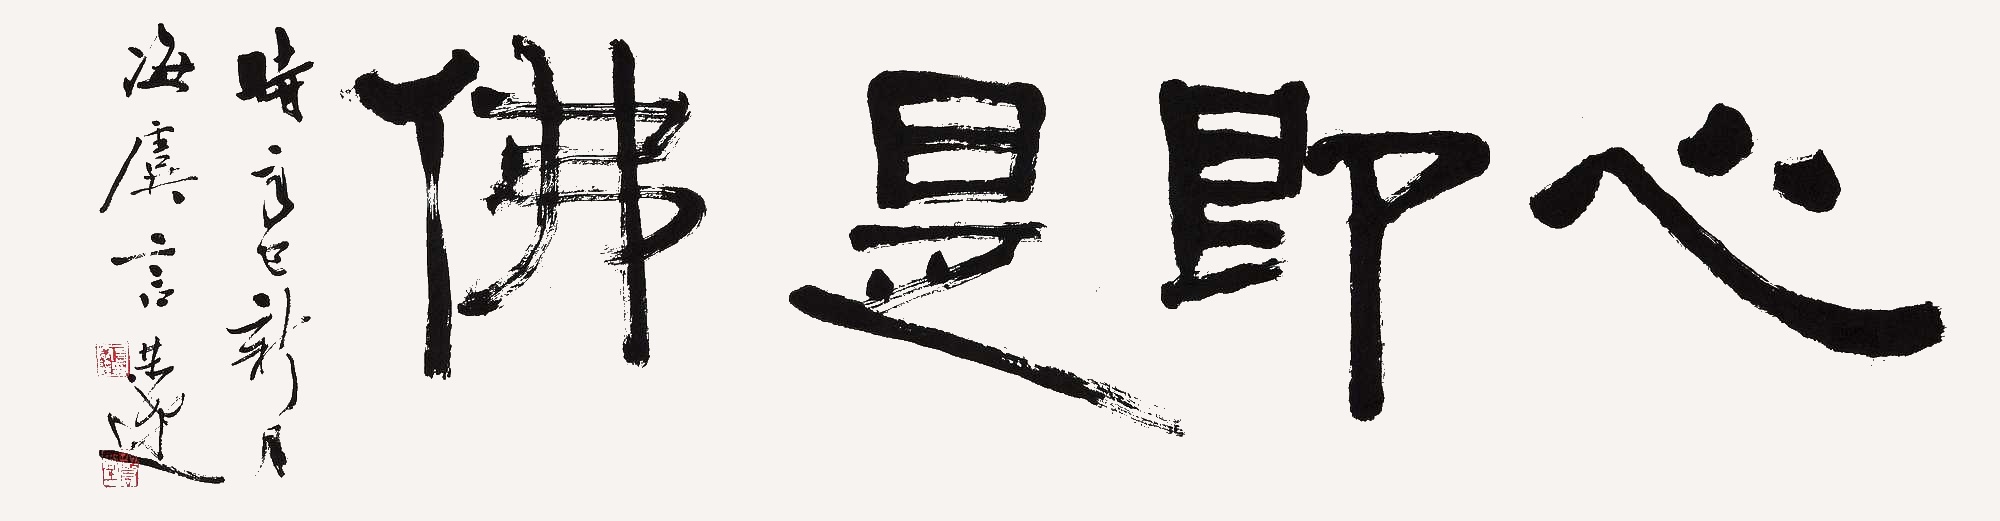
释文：心即是佛。时癸巳新月，海虞言恭达。